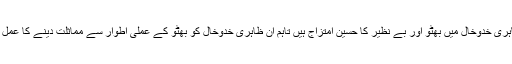
بلاول بھٹو ظاہری خدوخال میں بھٹو اور بے نظیر کا حسین امتزاج ہیں تاہم ان ظاہری خدوخال کو بھٹو کے عملی اطوار سے مماثلت دینے کا عمل بڑا کٹھن ہے۔